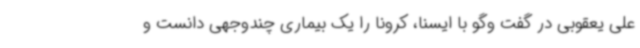
علی یعقوبی در گفت وگو با ایسنا، کرونا را یک بیماری چندوجهی دانست و